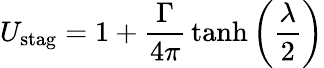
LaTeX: U_{\mathrm{stag}}=1+{\frac{\Gamma}{4\pi}}\operatorname{tanh}\left({\frac{\lambda}{2}}\right)